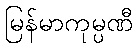
မြန်မာကုမ္ပဏီ